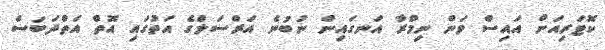
ކޮޓަރިއަށް އައިސް ވަން ނިމްރާ އަނގައިން ނުބުނެ އަރްސަލްގެ އަތުގައި އޮތް އަތްދަބަސް